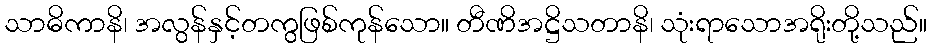
သာဓိကာနိ၊ အလွန်နှင့်တကွဖြစ်ကုန်သော။ တီဏိအဋ္ဌိသတာနိ၊ သုံးရာသောအရိုးတို့သည်။